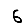
Digit: 6